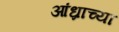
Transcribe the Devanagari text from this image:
आंध्राच्या